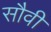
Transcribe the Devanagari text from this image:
सौवी